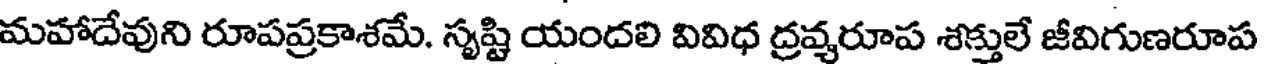
మహాదేవుని రూపప్రకాశమే. సృష్టి యందలి వివిధ ద్రవ్యరూప శక్తులే జీవిగుణరూప